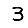
Digit: 3